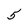
Character: 5